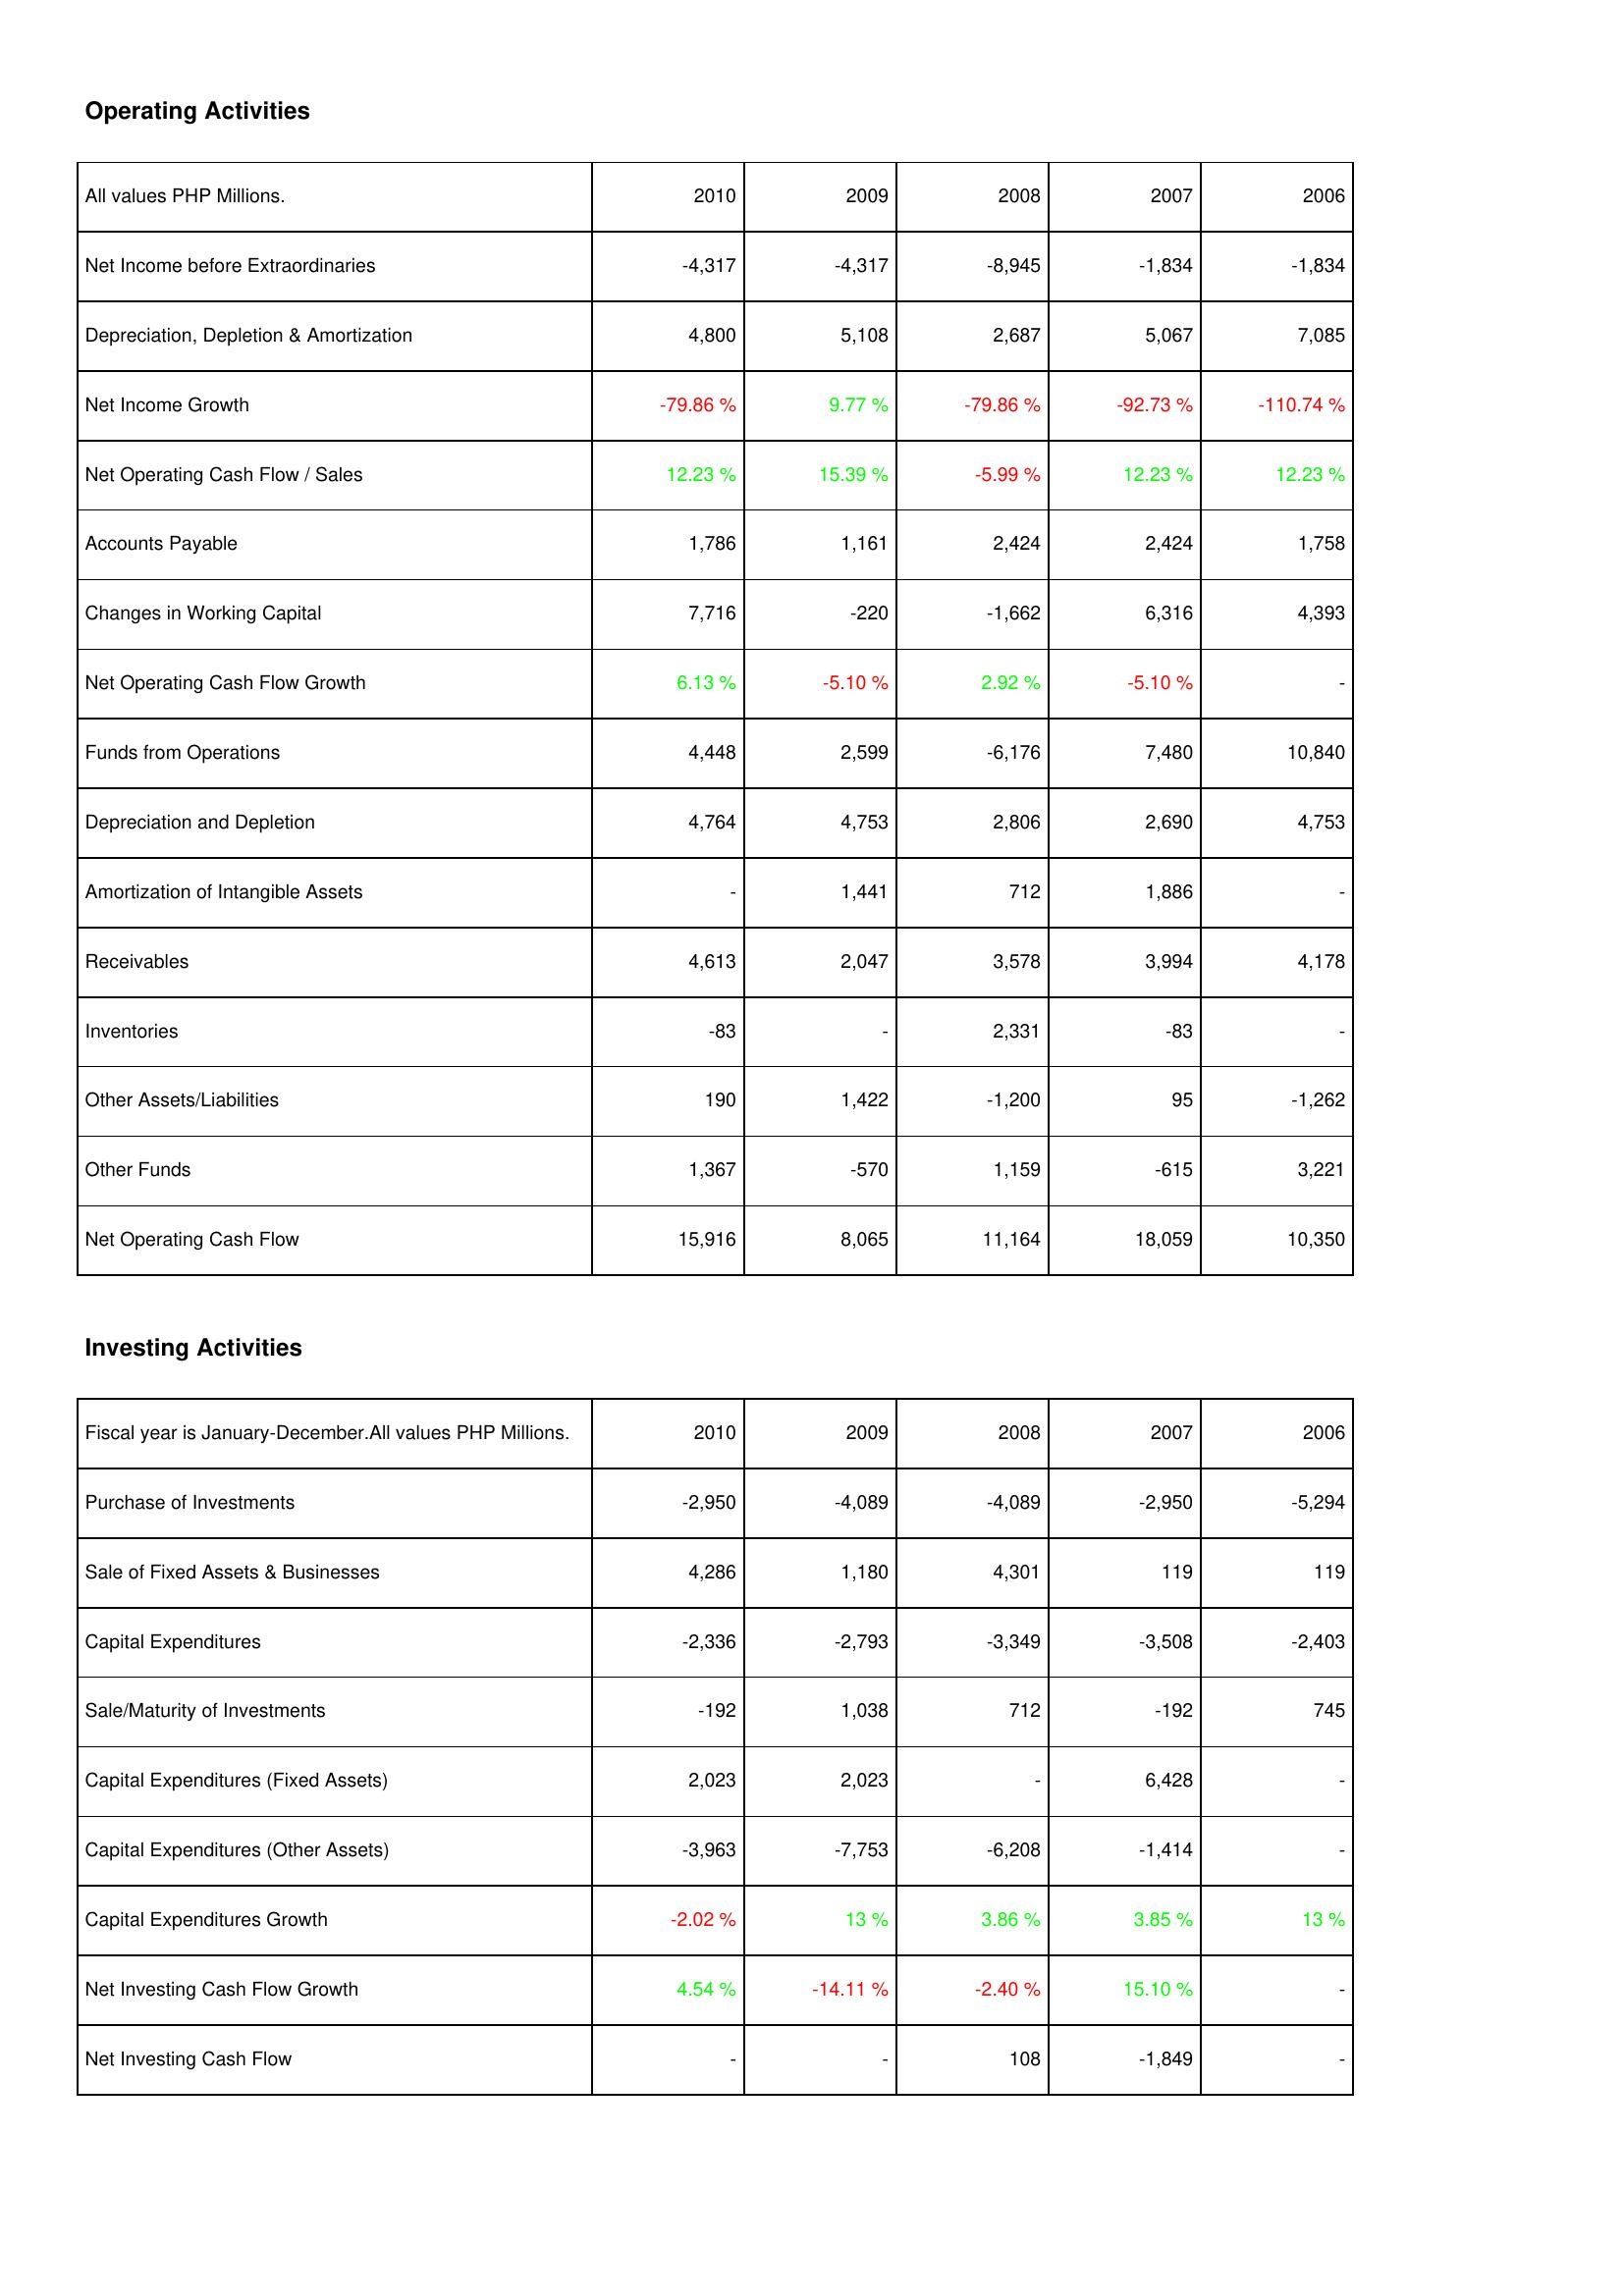
2010: Operating Activities: Net Income before Extraordinaries: -4,317
Depreciation, Depletion & Amortization: 4,800
Net Income Growth: -79.86 %
Net Operating Cash Flow / Sales: 12.23 %
Accounts Payable: 1,786
Changes in Working Capital: 7,716
Net Operating Cash Flow Growth: 6.13 %
Funds from Operations: 4,448
Depreciation and Depletion: 4,764
Amortization of Intangible Assets: -
Receivables: 4,613
Inventories: -83
Other Assets/Liabilities: 190
Other Funds: 1,367
Net Operating Cash Flow: 15,916
Investing Activities: Purchase of Investments: -2,950
Sale of Fixed Assets & Businesses: 4,286
Capital Expenditures: -2,336
Sale/Maturity of Investments: -192
Capital Expenditures (Fixed Assets): 2,023
Capital Expenditures (Other Assets): -3,963
Capital Expenditures Growth: -2.02 %
Net Investing Cash Flow Growth: 4.54 %
Net Investing Cash Flow: -
2009: Operating Activities: Net Income before Extraordinaries: -4,317
Depreciation, Depletion & Amortization: 5,108
Net Income Growth: 9.77 %
Net Operating Cash Flow / Sales: 15.39 %
Accounts Payable: 1,161
Changes in Working Capital: -220
Net Operating Cash Flow Growth: -5.10 %
Funds from Operations: 2,599
Depreciation and Depletion: 4,753
Amortization of Intangible Assets: 1,441
Receivables: 2,047
Inventories: -
Other Assets/Liabilities: 1,422
Other Funds: -570
Net Operating Cash Flow: 8,065
Investing Activities: Purchase of Investments: -4,089
Sale of Fixed Assets & Businesses: 1,180
Capital Expenditures: -2,793
Sale/Maturity of Investments: 1,038
Capital Expenditures (Fixed Assets): 2,023
Capital Expenditures (Other Assets): -7,753
Capital Expenditures Growth: 13 %
Net Investing Cash Flow Growth: -14.11 %
Net Investing Cash Flow: -
2008: Operating Activities: Net Income before Extraordinaries: -8,945
Depreciation, Depletion & Amortization: 2,687
Net Income Growth: -79.86 %
Net Operating Cash Flow / Sales: -5.99 %
Accounts Payable: 2,424
Changes in Working Capital: -1,662
Net Operating Cash Flow Growth: 2.92 %
Funds from Operations: -6,176
Depreciation and Depletion: 2,806
Amortization of Intangible Assets: 712
Receivables: 3,578
Inventories: 2,331
Other Assets/Liabilities: -1,200
Other Funds: 1,159
Net Operating Cash Flow: 11,164
Investing Activities: Purchase of Investments: -4,089
Sale of Fixed Assets & Businesses: 4,301
Capital Expenditures: -3,349
Sale/Maturity of Investments: 712
Capital Expenditures (Fixed Assets): -
Capital Expenditures (Other Assets): -6,208
Capital Expenditures Growth: 3.86 %
Net Investing Cash Flow Growth: -2.40 %
Net Investing Cash Flow: 108
2007: Operating Activities: Net Income before Extraordinaries: -1,834
Depreciation, Depletion & Amortization: 5,067
Net Income Growth: -92.73 %
Net Operating Cash Flow / Sales: 12.23 %
Accounts Payable: 2,424
Changes in Working Capital: 6,316
Net Operating Cash Flow Growth: -5.10 %
Funds from Operations: 7,480
Depreciation and Depletion: 2,690
Amortization of Intangible Assets: 1,886
Receivables: 3,994
Inventories: -83
Other Assets/Liabilities: 95
Other Funds: -615
Net Operating Cash Flow: 18,059
Investing Activities: Purchase of Investments: -2,950
Sale of Fixed Assets & Businesses: 119
Capital Expenditures: -3,508
Sale/Maturity of Investments: -192
Capital Expenditures (Fixed Assets): 6,428
Capital Expenditures (Other Assets): -1,414
Capital Expenditures Growth: 3.85 %
Net Investing Cash Flow Growth: 15.10 %
Net Investing Cash Flow: -1,849
2006: Operating Activities: Net Income before Extraordinaries: -1,834
Depreciation, Depletion & Amortization: 7,085
Net Income Growth: -110.74 %
Net Operating Cash Flow / Sales: 12.23 %
Accounts Payable: 1,758
Changes in Working Capital: 4,393
Net Operating Cash Flow Growth: -
Funds from Operations: 10,840
Depreciation and Depletion: 4,753
Amortization of Intangible Assets: -
Receivables: 4,178
Inventories: -
Other Assets/Liabilities: -1,262
Other Funds: 3,221
Net Operating Cash Flow: 10,350
Investing Activities: Purchase of Investments: -5,294
Sale of Fixed Assets & Businesses: 119
Capital Expenditures: -2,403
Sale/Maturity of Investments: 745
Capital Expenditures (Fixed Assets): -
Capital Expenditures (Other Assets): -
Capital Expenditures Growth: 13 %
Net Investing Cash Flow Growth: -
Net Investing Cash Flow: -